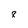
Character: 8